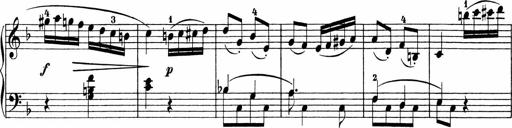
Title: Sonatinen Op.47, 98 und 136, nebst 6 Liedersonatinen
Composer: Carl Reinecke